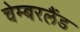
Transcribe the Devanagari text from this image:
चेम्बरलैंड